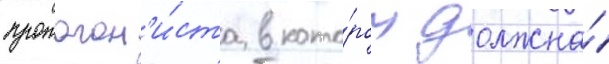
протагон'и́ста в кото́ром должна́